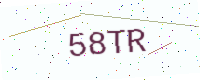
Text: 58TR